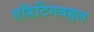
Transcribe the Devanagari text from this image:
एडिटिंगबद्दल